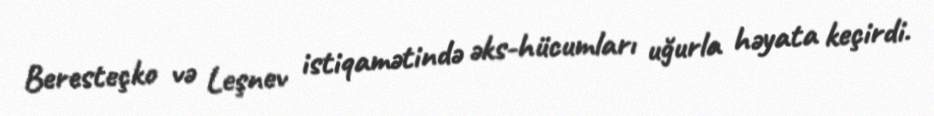
Beresteçko və Leşnev istiqamətində əks-hücumları uğurla həyata keçirdi.